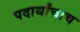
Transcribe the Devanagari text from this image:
पदार्थांचाच